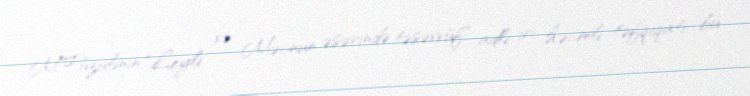
M.Füzulinin "Leyli və Məcnun əsərində təsəvvüf" adlı iri həcmli təfqiqatı bu